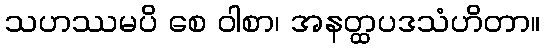
သဟဿမပိ စေ ဝါစာ၊ အနတ္ထပဒသံဟိတာ။